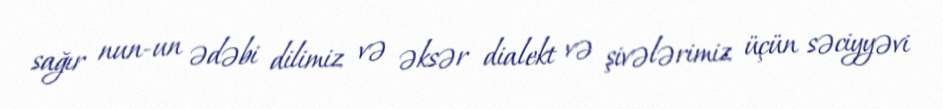
sağır nun-un ədəbi dilimiz və əksər dialekt və şivələrimiz üçün səciyyəvi